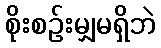
စိုးစဉ်းမျှမရှိဘဲ